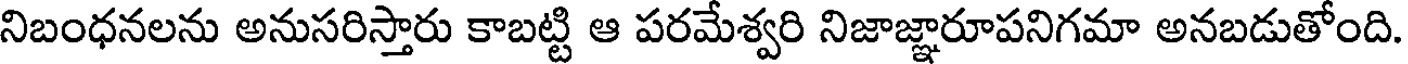
నిబంధనలను అనుసరిస్తారు కాబట్టి ఆ పరమేశ్వరి నిజాజ్ఞారూపనిగమా అనబడుతోంది